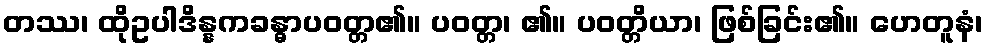
တဿ၊ ထိုဥပါဒိန္နကခန္ဓာပဝတ္တ၏။ ပဝတ္တ၊ ၏။ ပဝတ္တိယာ၊ ဖြစ်ခြင်း၏။ ဟေတူနံ၊